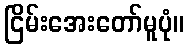
ငြိမ်းအေးတော်မူပုံ။